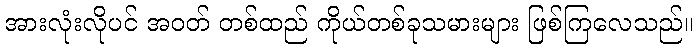
အားလုံးလိုပင် အဝတ် တစ်ထည် ကိုယ်တစ်ခုသမားများ ဖြစ်ကြလေသည်။